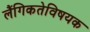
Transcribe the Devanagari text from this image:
लैंगिकतेविषयक